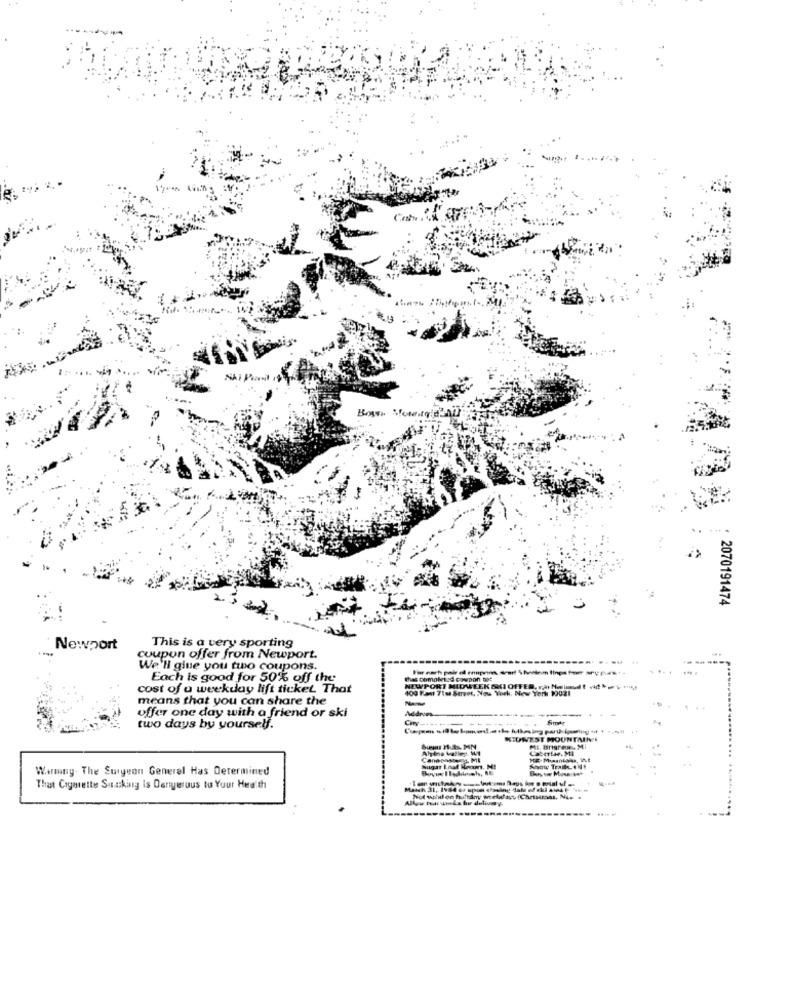
2070191474
This is a very sporting
Newport
coupon offer from Newport.
We'll gine you tuo coupons.
Each is good for 50% off the
thes comoletod cowpon tos
cost of a weekday lift ticket. That
400 Fast 71m Servet, New York, New York 19031
NEWPORT MIDWEEK SKI OFFER. rår Noigodt (id =) +,
means that you can share the
offer one day with a friend or ski
Addrors
-
-.....
fimte
two days by yourself.
MIUNEST MOUNTAINVI
Warming. The Surgeon Generel Has Determined
Sugar Inat Hecort. ME
That Cigarettes Sinasking Is Denyeruus to Your Health
Match 31, 1984 er spon closing date of aki 4tes . ... .
Allyw ton undx for delivery-
----- ------
----